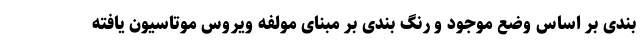
بندی بر اساس وضع موجود و رنگ بندی بر مبنای مولفه ویروس موتاسیون یافته